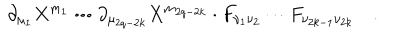
LaTeX: \cdot \partial _ { \mu _ { 1 } } X ^ { m _ { 1 } } \cdots \partial _ { \mu _ { 2 q - 2 k } } X ^ { m _ { 2 q - 2 k } } \cdot F _ { \nu _ { 1 } \nu _ { 2 } } \cdots F _ { \nu _ { 2 k - 1 } \nu _ { 2 k } } \quad .